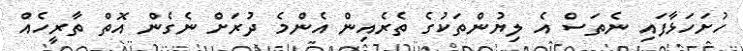
ހުށަހަޅާފައި ނެތަސް އެ ލިޔުންތަކުގެ ތެރެއިން އެންމެ ދުރަށް ނެގެން އޮތް ތާރީހެއް